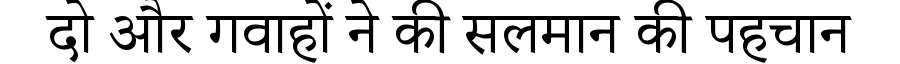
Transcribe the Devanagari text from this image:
दो और गवाहों ने की सलमान की पहचान